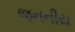
જનનીય